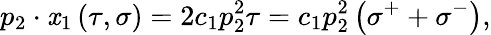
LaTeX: p_{2}\cdot\mathit{x}_{1}\left(\tau,\sigma\right)=2c_{1}p_{2}^{2}\tau=c_{1}p_{2}^{2}\left(\sigma^{+}+\sigma^{-}\right),